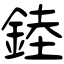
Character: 錴